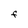
Character: F